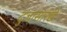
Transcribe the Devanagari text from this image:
दुजांसारखे